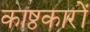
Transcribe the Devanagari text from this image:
काष्ठकारों